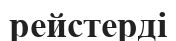
рейстерді